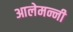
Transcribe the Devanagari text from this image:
आलेमन्नी